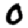
Digit: 0